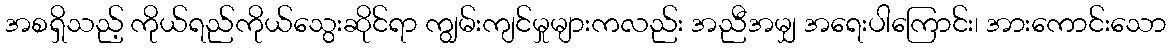
အစရှိသည့် ကိုယ်ရည်ကိုယ်သွေးဆိုင်ရာ ကျွမ်းကျင်မှုများကလည်း အညီအမျှ အရေးပါကြောင်း၊ အားကောင်းသော